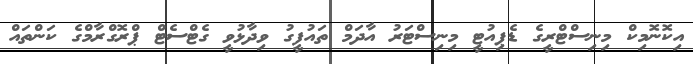
އިކޮނޮމިކް މިނިސްޓްރީގެ ޑެޕިއުޓީ މިނިސްޓަރު އާދަމް ތައުފީގު ވިދާޅުވީ ގެޓްސެޓް ޕްރޮގްރާމްގެ ކަންތައް